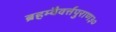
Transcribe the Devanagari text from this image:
ब्रहम्वैवर्त्तपुराण३०